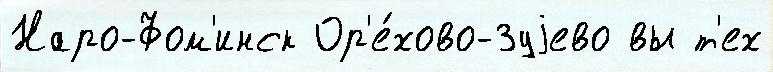
Наро-Фом'инск Ор'е́хово-Зуjево вы т'ех